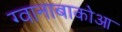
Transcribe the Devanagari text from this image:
ग्वानाबाकोआ